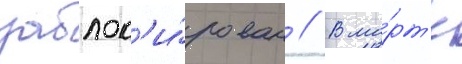
заблок'и́рован // В ма́рт'е